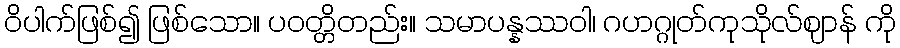
ဝိပါက်ဖြစ်၍ ဖြစ်သော။ ပဝတ္တိတည်း။ သမာပန္နဿဝါ၊ ဂဟဂ္ဂုတ်ကုသိုလ်ဈာန် ကို